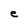
Character: e